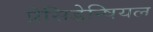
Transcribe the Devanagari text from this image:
प्रेसिडेन्षियल